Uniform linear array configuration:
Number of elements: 48
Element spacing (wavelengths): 0.5
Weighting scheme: cosine
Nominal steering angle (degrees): -30
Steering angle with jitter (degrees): -28.855
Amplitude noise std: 0.05
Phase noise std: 0.05

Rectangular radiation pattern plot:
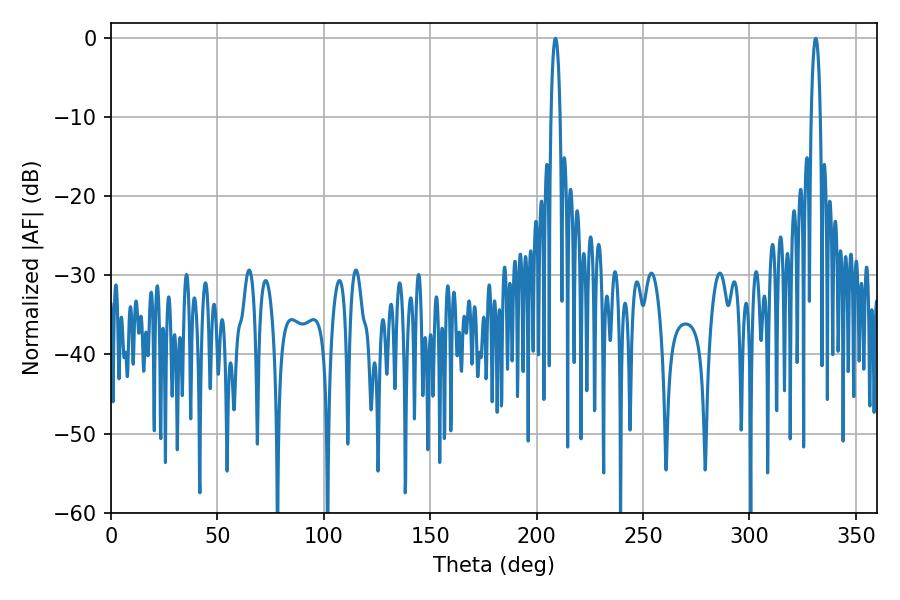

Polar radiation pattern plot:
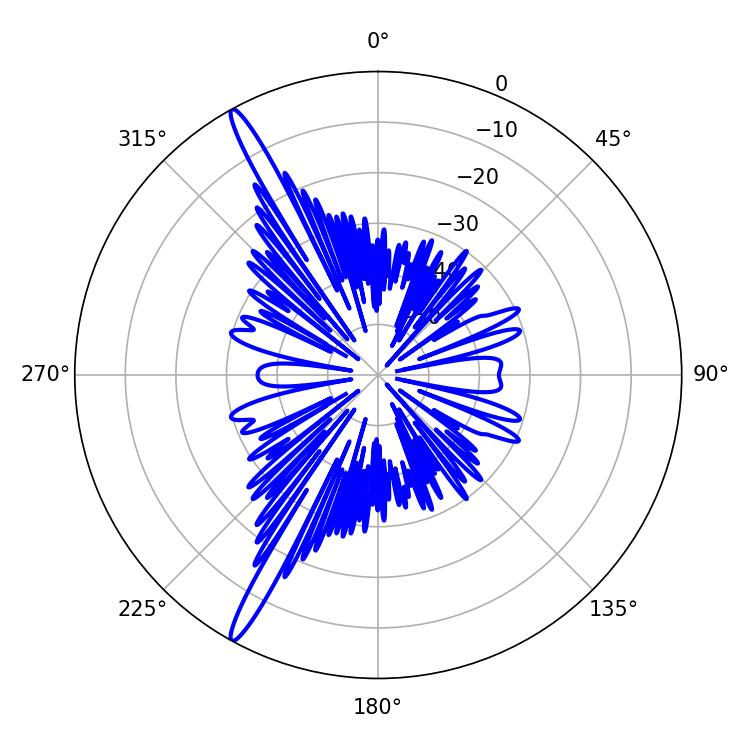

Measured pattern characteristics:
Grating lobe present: FALSE
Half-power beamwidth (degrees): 2.34
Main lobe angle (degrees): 208.8